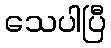
သေပါပြီ